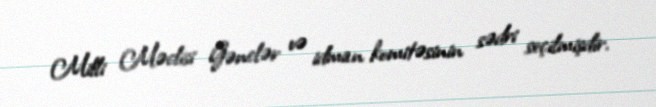
Milli Məclisi Gənclər və idman komitəsinin sədri seçilmişdir.